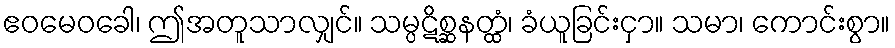
ဧဝမေဝခေါ၊ ဤအတူသာလျှင်။ သမ္ပဋိစ္ဆနတ္ထံ၊ ခံယူခြင်းငှာ။ သမာ၊ ကောင်းစွာ။